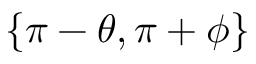
\{ \pi - \theta , \pi + \phi \}